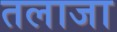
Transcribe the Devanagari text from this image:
तलाजा